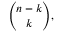
{ \binom { n - k } { k } } ,